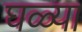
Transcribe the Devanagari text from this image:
घळ्या